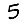
Digit: 5